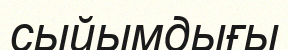
сыйымдығы